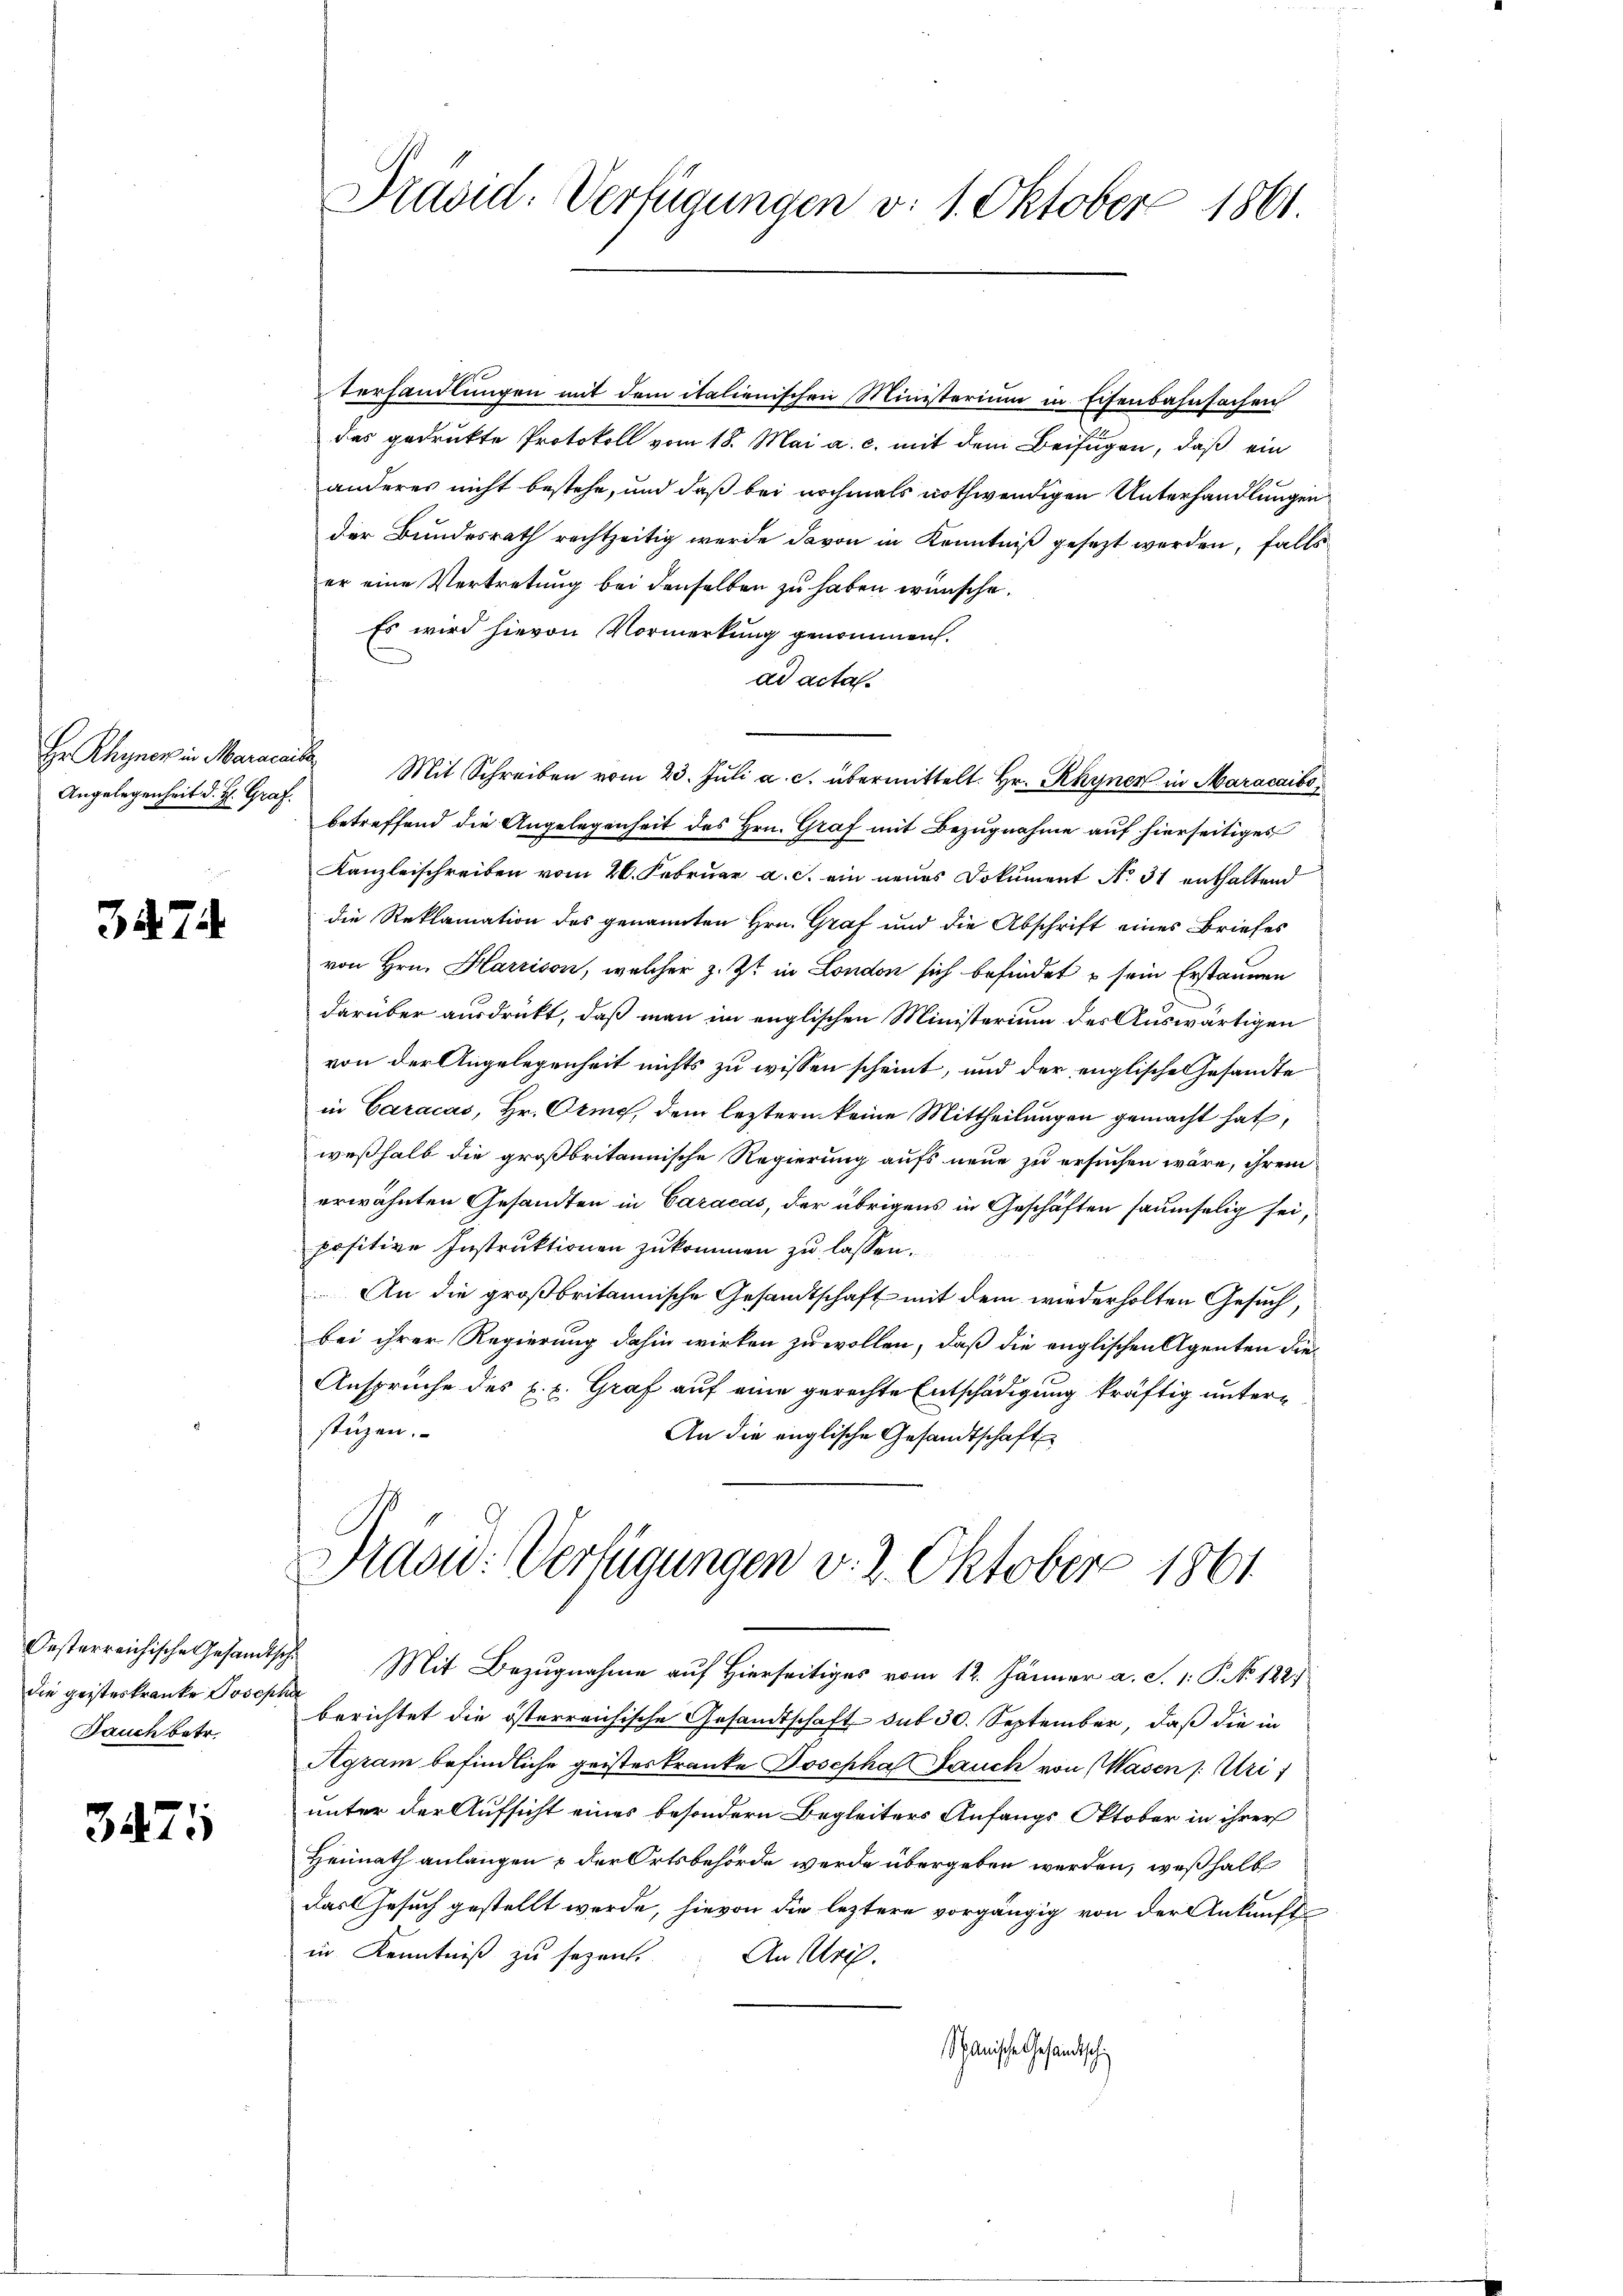
Angelegenheit d. H. Graf.

3574.

die geisteskranke Josepha
Bauch betr.

3471

Verhandlungen mit dem italienischen Ministerium in Eisenbahnfachen
das gedrukte Protokoll vom 18. Mai a. c. mit dem Beifügen, daß ein
anderes nicht bestehe, und daß bei nochmals nothwendigen Unterhandlungen
der Bundesrath rechtzeitig werde davon in Kenntniß gesezt werden, falls
er eine Vertretung bei denselben zu haben wünsche.
Es wird hievon Vormerkung genommen.
ad acta.
Hr. Rhyner in Maracci Mit Schreiben vom 23. Jŭli a. c. übermittelt Hr. Rhyner in Marackibo
betreffend die Angelegenheit des Hrn. Graf mit Bezugnahme auf hierseitiges
Kanzleischreiben vom 26. Februar a. c. ein neues Dokument No. 31 enthaltend
die Reklamation des genannten Hrn. Graf und die Abschrift eines Briefes
von Hrn. Harrison, welcher z. Zt. in London sich befindet & sein Erstaunen
darüber ausdrückt, daß man im englischen Ministerium des Auswärtigen
von der Angelegenheit nichts zu wissen scheint, und der englische Gesandte
in Caracas, Hr. Orig, dem leztern keine Mittheilungen gemacht hat,
weßhalb die großbritannische Regierung aufs neue zu ersuchen wäre, ihrem
erwähnten Gesandten in Caracas, der übrigens in Geschäften saumselig sei,
positive Instruktionen zukommen zu lassen.
An die großbritannische Gesandtschaft mit dem wiederholten Gesuch,
bei ihrer Regierung dahin wirken zu wollen, daß die englischen Agenten die¬
Ansprüche des C. c. Graf auf eine gerechte Entschädigung kräftig unterstüzen.
An die englische Gesandtschaft
Pravid: Verfügungen v. 2. Oktober 1861
Oesterreichische Gesandtsche Mit Bezugnahme auf Hierseitiges vom 12. Jänner a. S. 1. P. No. 182.
berichtet die österreichische Gesandtschaft sub 30. September, daß die in
Agram befindliche geisteskranke Josepha Bauch von Wasen /: Uri
unter der Aufsicht eines besondern Begleiters Anfangs Oktober in ihrer
Heimath anlangen & der Ortsbehörde werde übergeben werden, weßhalb
das Gesuch gestellt werde, hievon die leztere vorgängig von der Ankunft
in Kenntniß zu sezen. An Mrs.
Spanische Gesandtschi

Präsid. Verfügungen v. 1. Oktober 1861.